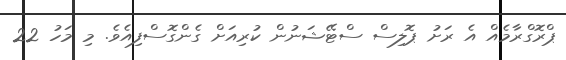
ޕްރޮގްރާމެއް އެ ރަށު ޕޮލިސް ސްޓޭޝަނުން ކުރިއަށް ގެންގޮސްފިއެވެ. މި މަހު 22